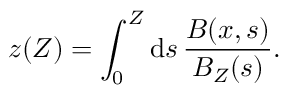
z ( Z ) = \int _ { 0 } ^ { Z } \mathrm { d } s \, \frac { B ( x , s ) } { B _ { Z } ( s ) } .